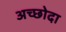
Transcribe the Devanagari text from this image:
अच्छोदा